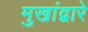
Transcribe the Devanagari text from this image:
मुखांद्वारे